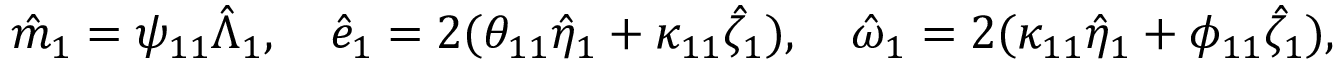
\begin{array} { r } { \hat { m } _ { 1 } = \psi _ { 1 1 } \hat { \Lambda } _ { 1 } , \quad \hat { e } _ { 1 } = 2 ( \theta _ { 1 1 } \hat { \eta } _ { 1 } + \kappa _ { 1 1 } \hat { \zeta } _ { 1 } ) , \quad \hat { \omega } _ { 1 } = 2 ( \kappa _ { 1 1 } \hat { \eta } _ { 1 } + \phi _ { 1 1 } \hat { \zeta } _ { 1 } ) , } \end{array}